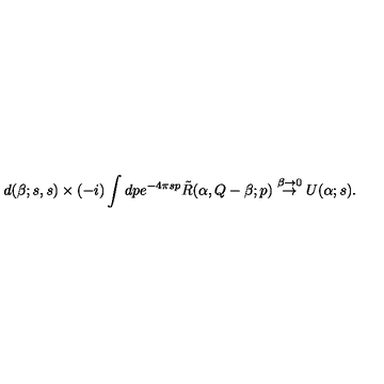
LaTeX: d ( \beta ; s , s ) \times ( - i ) \int d p e ^ { - 4 \pi s p } \tilde { R } ( \alpha , Q - \beta ; p ) \stackrel { \beta \to 0 } { \rightarrow } U ( \alpha ; s ) .